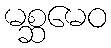
မစ္ဆမေဝ